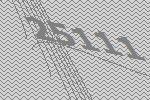
25111